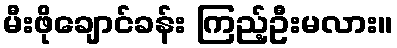
မီးဖိုချောင်ခန်း ကြည့်ဦးမလား။